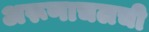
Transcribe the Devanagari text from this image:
अरूणाचलची